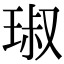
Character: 琡